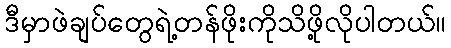
ဒီမှာဖဲချပ်တွေရဲ့တန်ဖိုးကိုသိဖို့လိုပါတယ်။